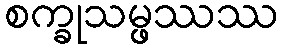
စက္ခုသမ္ဖဿဿ